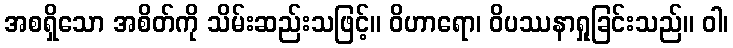
အစရှိသော အစိတ်ကို သိမ်းဆည်းသဖြင့်။ ဝိဟာရော၊ ဝိပဿနာရှုခြင်းသည်။ ဝါ၊